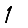
Digit: 1